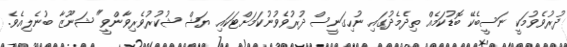
ދުރުވެވުމަކީ ނަސީބެކޭ ބޮޑުކަމެއް ތިދެމެދުގައި ނުހިގަނީސް ދުރުވެވުނުކަމަށްޓަކައި ޔަޝް ޝުކުރުވެރިވާންވީ" ޝަނޫޒާ ބުނެލިއެވެ.